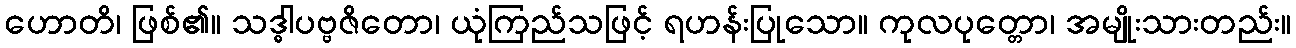
ဟောတိ၊ ဖြစ်၏။ သဒ္ဓါပဗ္ဗဇိတော၊ ယုံကြည်သဖြင့် ရဟန်းပြုသော။ ကုလပုတ္တော၊ အမျိုးသားတည်း။